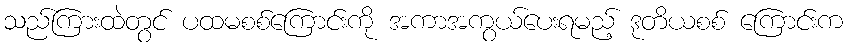
သည်ကြားထဲတွင် ပထမစစ်ကြောင်းကို အကာအကွယ်ပေးရမည့် ဒုတိယစစ် ကြောင်းက